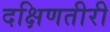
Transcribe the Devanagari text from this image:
दक्षिणतीरी